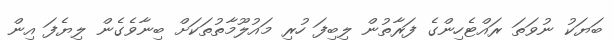
ބަޔަކު ނުވަތަ ރައްޓެހިންގެ ފަރާތުން ލިބިފަ ހުރި މައުލޫމާތުތަކަށް ބިނާވެގެން ލިޔެފަ އިން